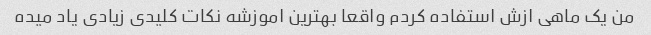
من یک ماهی ازش استفاده کردم واقعا بهترین اموزشه نکات کلیدی زیادی یاد میده